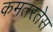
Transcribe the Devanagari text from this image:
कमतरतेस